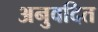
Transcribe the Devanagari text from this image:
अनुवदित